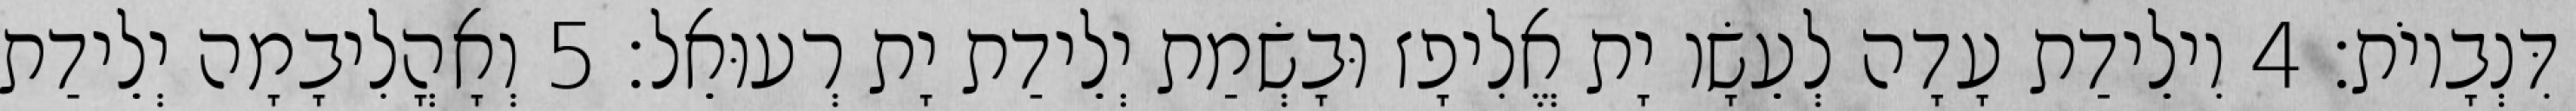
דִּנְבָיוֹת׃ 4 וִילֵידַת עָדָה לְעֵשָׂו יָת אֱלִיפָז וּבָשְׂמַת יְלֵידַת יָת רְעוּאֵל׃ 5 וְאָהֳלִיבָמָה יְלֵידַת